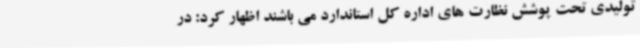
تولیدی تحت پوشش نظارت های اداره کل استاندارد می باشند اظهار کرد: در